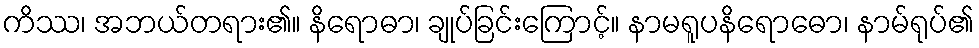
ကိဿ၊ အဘယ်တရား၏။ နိရောဓာ၊ ချုပ်ခြင်းကြောင့်။ နာမရူပနိရောဓော၊ နာမ်ရုပ်၏